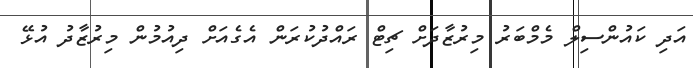
އަދި ކައުންސިލް މެމްބަރު މިރުޒާދަށް ޗިޓް ރައްދުކުރަން އެގެއަށް ދިއުމުން މިރުޒާދު އުޅޭ